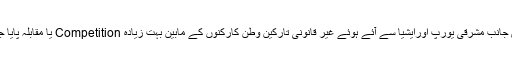
دوسری جانب مشرقی یورپ اورایشیا سے آئے ہوئے غیر قانونی تارکین وطن کارکنوں کے مابین بہت زیادہ Competition یا مقابلہ پایا جاتا ہے۔